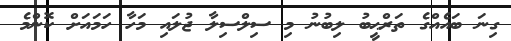
ގިނަ ބައެއްގެ ތަރްޙީބު ލިބުނު މި ސިލްސިލާ ޖުލައި މަހާ ހަމައަށް ކޮންމެ